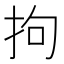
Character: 拘